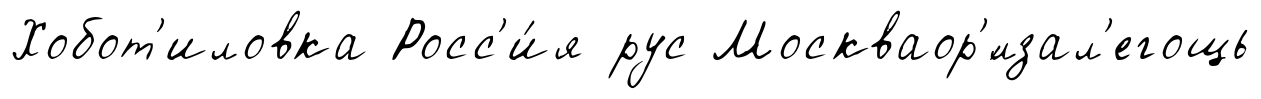
Хобот'иловка Росс'и́я рус Москваор'́лзал'егощь